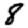
Digit: 8